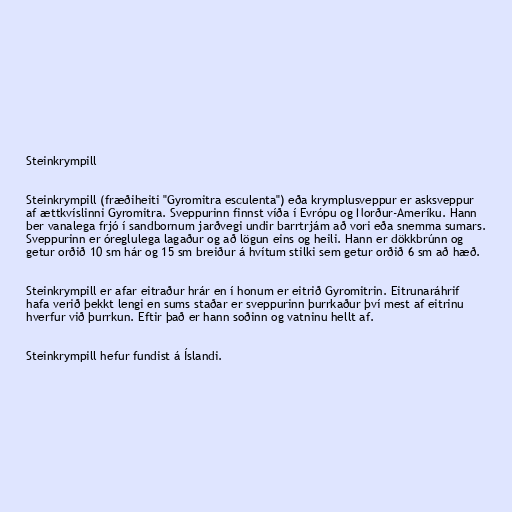
Steinkrympill

Steinkrympill (fræðiheiti "Gyromitra esculenta") eða krymplusveppur er asksveppur
af ættkvíslinni Gyromitra. Sveppurinn finnst víða í Evrópu og Norður-Ameríku. Hann
ber vanalega frjó í sandbornum jarðvegi undir barrtrjám að vori eða snemma sumars.
Sveppurinn er óreglulega lagaður og að lögun eins og heili. Hann er dökkbrúnn og
getur orðið 10 sm hár og 15 sm breiður á hvítum stilki sem getur orðið 6 sm að hæð.

Steinkrympill er afar eitraður hrár en í honum er eitrið Gyromitrin. Eitrunaráhrif
hafa verið þekkt lengi en sums staðar er sveppurinn þurrkaður því mest af eitrinu
hverfur við þurrkun. Eftir það er hann soðinn og vatninu hellt af.

Steinkrympill hefur fundist á Íslandi.